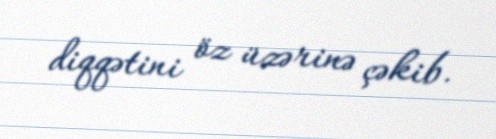
diqqətini öz üzərinə çəkib.